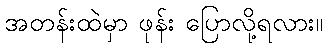
အတန်းထဲမှာ ဖုန်း ပြောလို့ရလား။